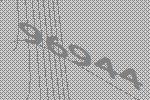
96944